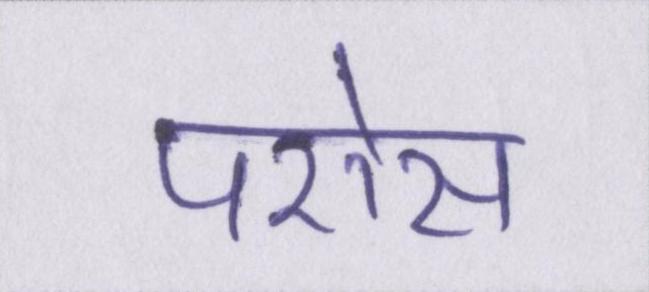
परोस